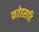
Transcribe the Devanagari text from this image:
फतेहसाहि